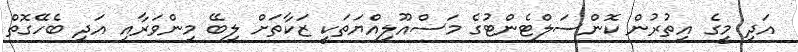
އަދި މީގެ އިތުރުން ކޮންސަލްޓެންޓުގެ މަސްއޫލިއްޔަތަކީ ޒަކާތަށް ލިބޭ މިންވަރާއި އަދި ބެހޭގޮތް